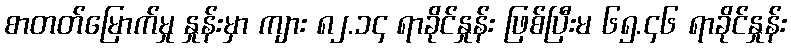
စာတတ်မြောက်မှု နှုန်းမှာ ကျား ၈၂.၁၄ ရာခိုင်နှုန်း ဖြစ်ပြီးမ ၆၅.၄၆ ရာခိုင်နှုန်း